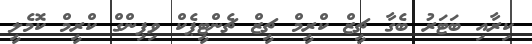
ކިރާއި ބަޓަރު ބެގާ ޗީޒް ކްރީމް ޗީޒް ޗެންޓީޕެކް ވިޕިންގް ކްރީމް ކޮމެލީ